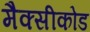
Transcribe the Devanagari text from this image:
मैक्सीकोड